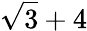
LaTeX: {\sqrt{3}}+4